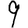
Digit: 9